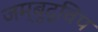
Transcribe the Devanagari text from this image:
जम्‍बुद्विप